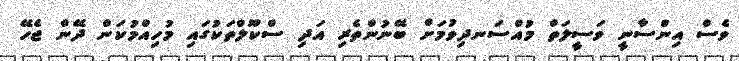
ވެސް އިންސާނީ ވަސީލަތް މުއްސަނދިވުމަށް ބޭނުންތެރި އަދި ސްކޫލްތަކުގައި މުހިއްމުކަން ދޭން ޖެހޭ